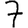
Digit: 7